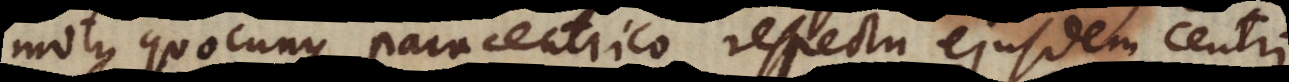
motu quocunque paracentrico respectu ejusdem centri